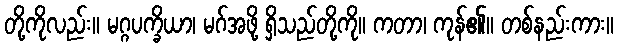
တို့ကိုလည်း။ မဂ္ဂပက္ခိယာ၊ မဂ်အဖို့ ရှိသည်တို့ကို။ ကတာ၊ ကုန်၏။ တစ်နည်းကား။